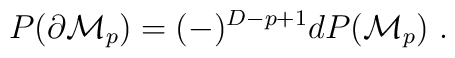
P(\partial {\cal M}_p) = (-)^{D-p+1}d P({\cal M}_p) \ .